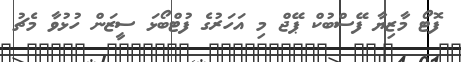
ފޮޓޯ މާޒިޔާ ފޭސްބުކް ޕޭޖް މި އަހަރުގެ ފުޓްބޯޅަ ސީޒަން ހުޅުވާ މެޗު